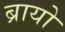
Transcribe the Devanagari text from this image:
ब्रायो